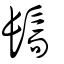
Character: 髵